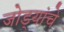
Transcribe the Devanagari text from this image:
जोड्यांचे